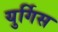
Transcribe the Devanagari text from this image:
युर्गिस